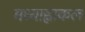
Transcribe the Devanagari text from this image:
मध्याह्नाकल